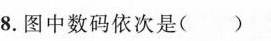
8.图中数码依次是( )